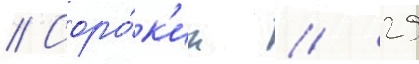
// Соро́к'ин // 29